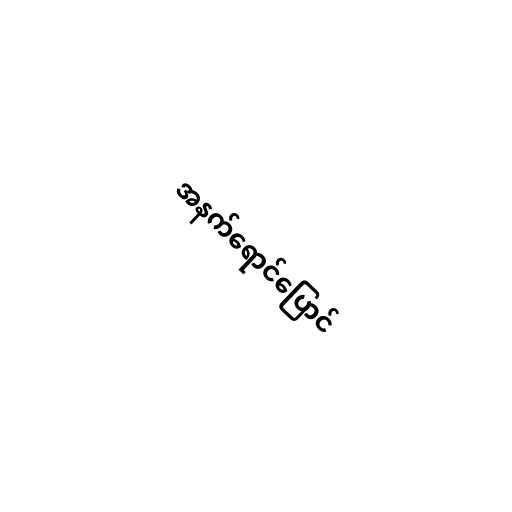
အနက်ရောင်ပြောင်